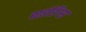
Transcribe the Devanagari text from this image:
बाइंडिंग्स